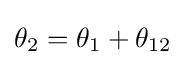
\theta _{2}=\theta _{1}+\theta _{12}